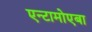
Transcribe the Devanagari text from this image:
एन्टामोएबा